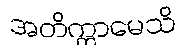
အတိက္ကာမေသိ